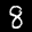
Label: 8